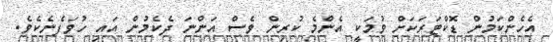
އެހެންކަމުން ޑޮކްޓަރަކަށް ވުމަކީ އެންމެ ކުރިން ވެސް އަންނަ ދެކެމުން އައި ހުވަފެނެކެވެ.